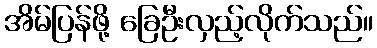
အိမ်ပြန်ဖို့ ခြေဦးလှည့်လိုက်သည်။